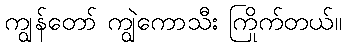
ကျွန်တော် ကျွဲကောသီး ကြိုက်တယ်။